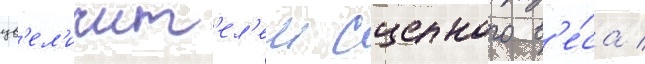
ув'ел'ичит'ел'ем сцепного в'е́са /